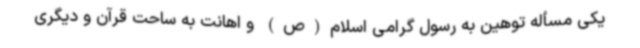
یکی مسأله توهین به رسول گرامی اسلام(ص) و اهانت به ساحت قرآن و دیگری